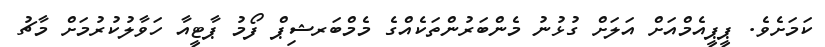
ކަމަށެވެ. ޕީޕީއެމްއަށް އަލަށް ގުޅުނު މެންބަރުންތަކެއްގެ މެމްބަރޝިޕް ފޯމު ޕާޓީއާ ހަވާލުކުރުމަށް މާޗު